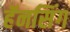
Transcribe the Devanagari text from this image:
हॅनसिंग